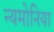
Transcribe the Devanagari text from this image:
न्यमोनिया